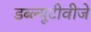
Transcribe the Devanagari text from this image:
डब्ल्यूटीवीजे